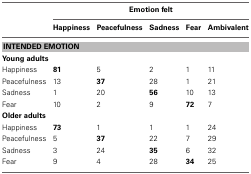
<table><thead><tr><td></td><td colspan="5"><b>Emotion felt</b></td></tr><tr><td></td><td><b>Happiness</b></td><td><b>Peacefulness</b></td><td><b>Sadness</b></td><td><b>Fear</b></td><td><b>Ambivalent</b></td></tr></thead><tbody><tr><td colspan="6"><b>INTENDED EMOTION</b></td></tr><tr><td colspan="6"><b>Young adults</b></td></tr><tr><td>Happiness</td><td><b>81</b></td><td>5</td><td>2</td><td>1</td><td>11</td></tr><tr><td>Peacefulness</td><td>13</td><td><b>37</b></td><td>28</td><td>1</td><td>21</td></tr><tr><td>Sadness</td><td>1</td><td>20</td><td><b>56</b></td><td>10</td><td>13</td></tr><tr><td>Fear</td><td>10</td><td>2</td><td>9</td><td><b>72</b></td><td>7</td></tr><tr><td colspan="6"><b>Older adults</b></td></tr><tr><td>Happiness</td><td><b>73</b></td><td>1</td><td>1</td><td>1</td><td>24</td></tr><tr><td>Peacefulness</td><td>5</td><td><b>37</b></td><td>22</td><td>7</td><td>29</td></tr><tr><td>Sadness</td><td>3</td><td>24</td><td><b>35</b></td><td>6</td><td>32</td></tr><tr><td>Fear</td><td>9</td><td>4</td><td>28</td><td><b>34</b></td><td>25</td></tr></tbody></table>